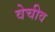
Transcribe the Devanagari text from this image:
वेचीव